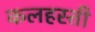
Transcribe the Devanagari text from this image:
कलहस्ती